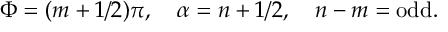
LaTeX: \Phi = ( m + 1 / 2 ) \pi , \, \, \, \, \, \, \alpha = n + 1 / 2 , \, \, \, \, \, \, n - m = \mathrm { o d d } .